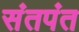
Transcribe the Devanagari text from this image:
संतपंत